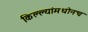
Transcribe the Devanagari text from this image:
किल्ल्यांमधोनच